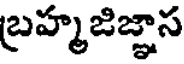
బ్రహ్మజిజ్ఞాస